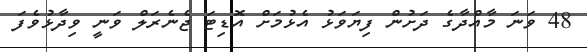
48 ވަނަ މާއްދާގެ ދަށުން ފިޔަވަޅު އެޅުމަށް އޮޑިޓަ ޖެނެރަލް ވަނީ ވިދާޅުވެފަ